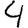
Digit: 4